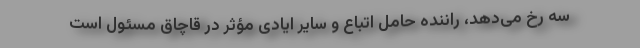
سه رخ می‌دهد، راننده حامل اتباع و سایر ایادی مؤثر در قاچاق مسئول است